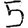
Digit: 5